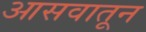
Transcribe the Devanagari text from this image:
आसवातून